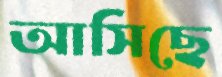
আসিছে